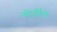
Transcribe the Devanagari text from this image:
कोउर्निचे